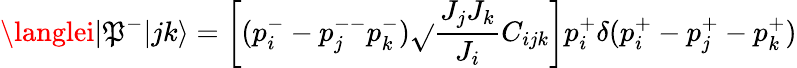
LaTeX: \langlei|\mathfrak{P}^{-}|jk\rangle=\left[(p_{i}^{-}-p_{j}^{--}p_{k}^{-})\sqrt{}{{\frac{{J_{j}J_{k}}}{{J_{i}}}}}C_{ijk}\right]p_{i}^{+}\delta(p_{i}^{+}-p_{j}^{+}-p_{k}^{+})